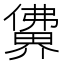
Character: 𰂽